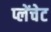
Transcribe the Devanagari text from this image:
प्लेंचेट